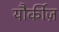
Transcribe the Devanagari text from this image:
यौर्कीज़